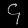
Digit: ၄